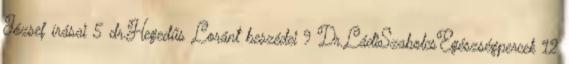
József írásai 5 dr.Hegedűs Loránt beszédei 9 Dr.LádiSzabolcsEgészségpercek 12